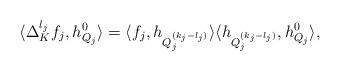
LaTeX: \begin{align*}\langle \Delta^{l_j}_K f_j, h^0_{Q_j} \rangle = \langle f_j, h_{Q_j^{(k_j-l_j)}} \rangle \langle h_{Q_j^{(k_j-l_j)}}, h^0_{Q_j} \rangle,\end{align*}